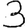
Digit: 3